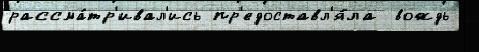
рассма́тр'ивал'ись пр'едоставл'я́ла  вождь